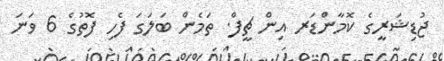
ޖުޑިޝަރީގެ ކޮމާންޑަރ އިން ޗީފް. ތަމެން ބަލަގަ ފެހި ފޮތުގެ 6 ވަނަ